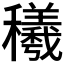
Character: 𰩁